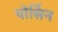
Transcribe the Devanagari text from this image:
पोर्सिन